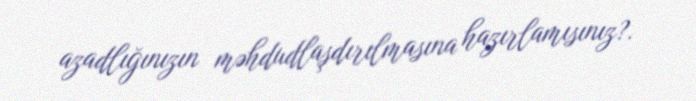
azadlığınızın məhdudlaşdırılmasına hazırlamısınız?.